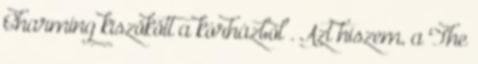
Charming kiszökött a kórházból . Azt hiszem, a The